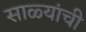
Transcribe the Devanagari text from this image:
साळ्यांची